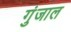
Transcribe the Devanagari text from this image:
गुंजाल